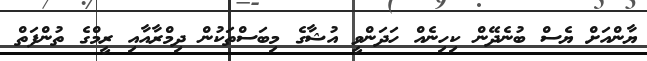
ޔާންއަށް ޔެސް ބުނެދޭން ކިހިނެއް ހަދަންވީ އުޝާގެ މިބަސްތަކުން ދިމްރާއާއި ރީމްގެ ތުންފަތް